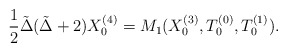
\begin{align*} \frac{1}{2} \tilde \Delta(\tilde \Delta+2) X_0^{(4)} = M_1(X_0^{(3)}, T_0^{(0)}, T_0^{(1)}).\end{align*}